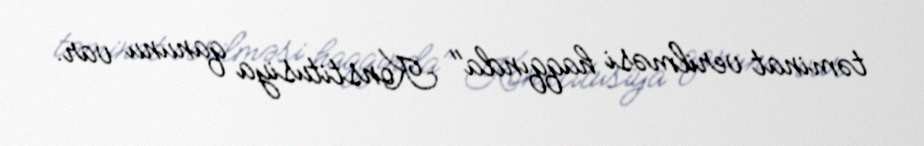
təminat verilməsi haqqında" Konstitusiya qanunu var.